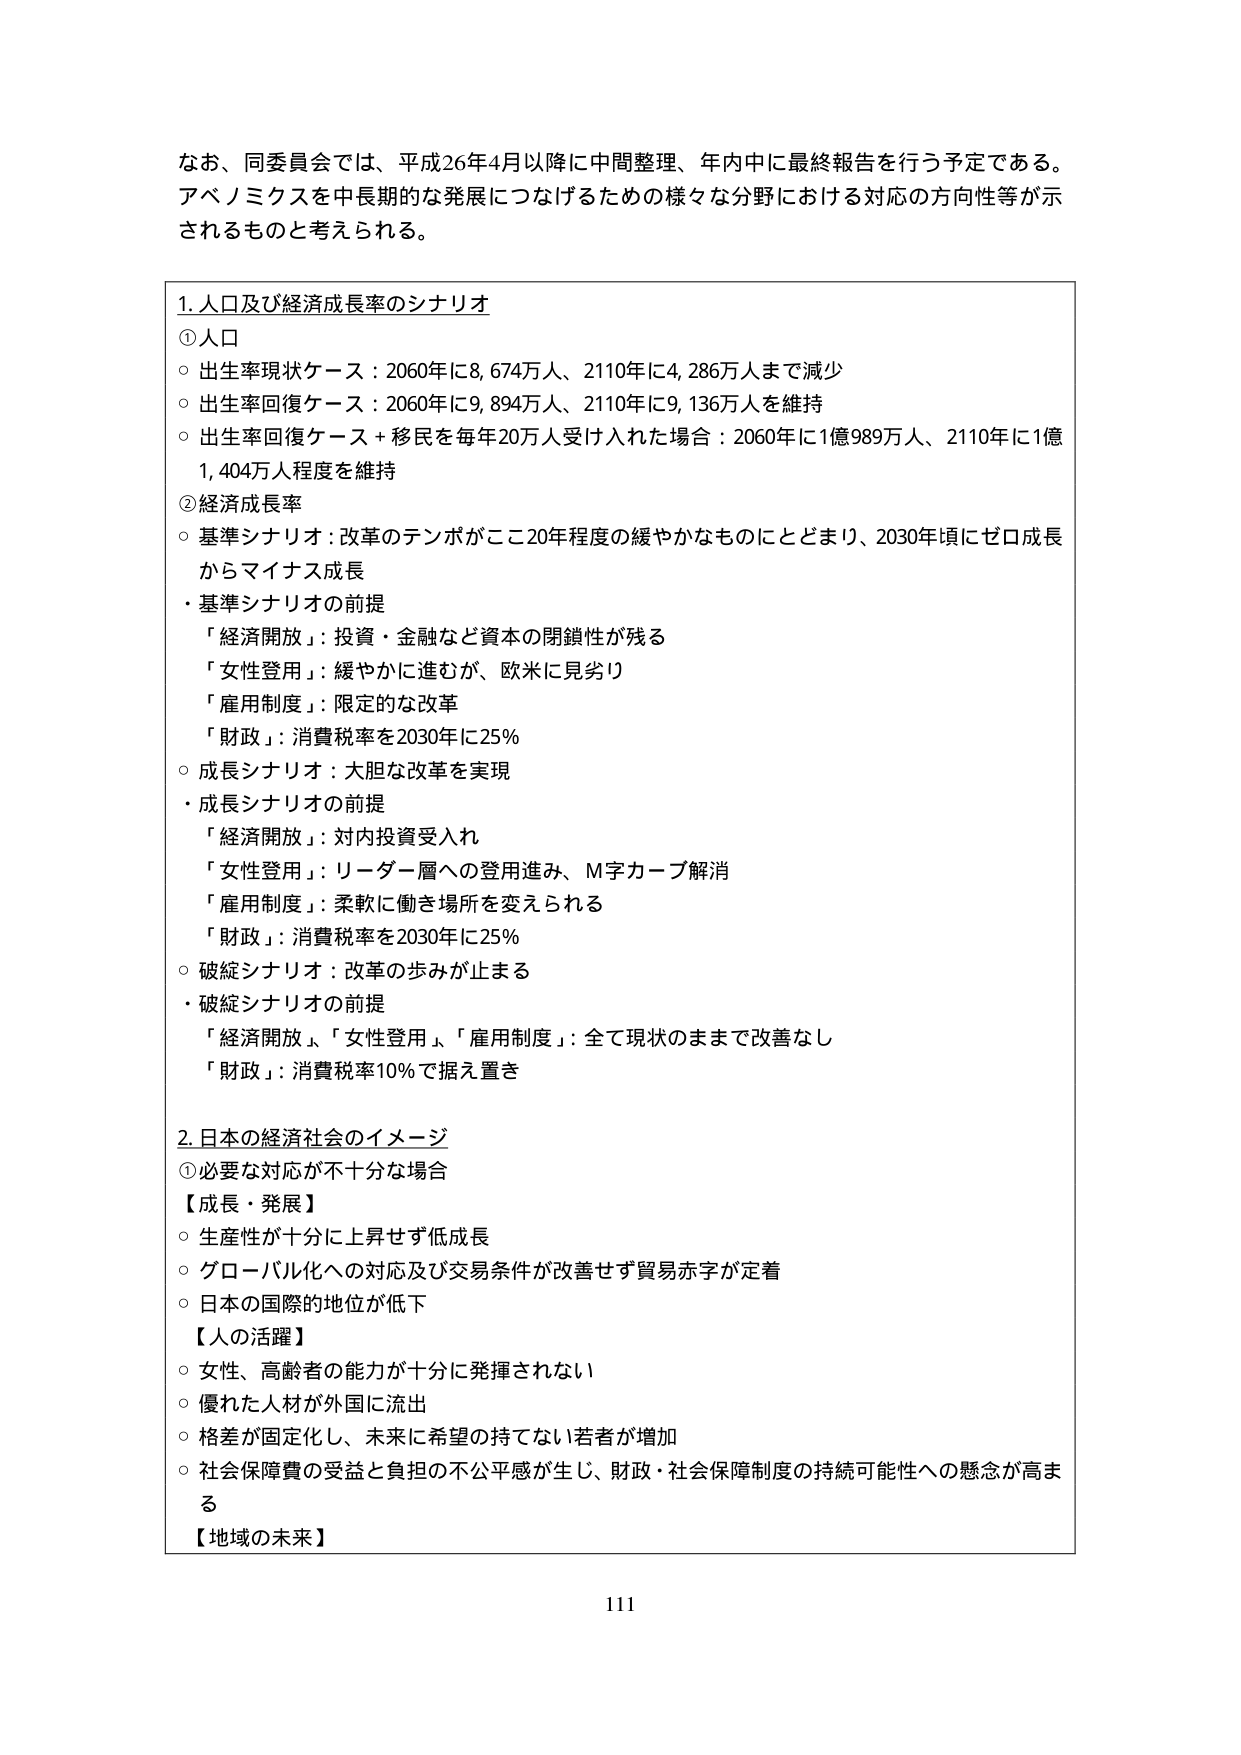
なお、同委員会では、平成26年4月以降に中間整理、年内中に最終報告を行う予定である。アベノミクスを中長期的な発展につなげるための様々な分野における対応の方向性等が示されるものと考えられる。

1. 人口及び経済成長率のシナリオ
①人口
○ 出生率現状ケース：2060年に8,674万人、2110年に4,286万人まで減少
○ 出生率回復ケース：2060年に9,894万人、2110年に9,136万人を維持
○ 出生率回復ケース＋移民を毎年20万人受け入れた場合：2060年に1億989万人、2110年に1億1,404万人程度を維持
②経済成長率
○ 基準シナリオ：改革のテンポがここ20年程度の緩やかなものにとどまり、2030年頃にゼロ成長からマイナス成長
・ 基準シナリオの前提
「経済開放」：投資・金融など資本の閉鎖性が残る
「女性登用」：緩やかに進むが、欧米に見劣り
「雇用制度」：限定的な改革
「財政」：消費税率を2030年に25％
○ 成長シナリオ：大胆な改革を実現
・ 成長シナリオの前提
「経済開放」：対内投資受入れ
「女性登用」：リーダー層への登用進み、M字カーブ解消
「雇用制度」：柔軟に働き場所を変えられる
「財政」：消費税率を2030年に25％
○ 破綻シナリオ：改革の歩みが止まる
・ 破綻シナリオの前提
「経済開放」「女性登用」「雇用制度」：全て現状のままで改善なし
「財政」：消費税率10％で据え置き

2. 日本の経済社会のイメージ
①必要な対応が不十分な場合
【成長・発展】
○ 生産性が十分に上昇せず低成長
○ グローバル化への対応及び交易条件が改善せず貿易赤字が定着
○ 日本の国際的地位が低下
【人の活躍】
○ 女性、高齢者の能力が十分に発揮されない
○ 優れた人材が外国に流出
○ 格差が固定化し、未来に希望の持てない若者が増加
○ 社会保障費の受益と負担の不公平感が生じ、財政・社会保障制度の持続可能性への懸念が高まる
【地域の未来】

111